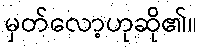
မှတ်လော့ဟုဆို၏။